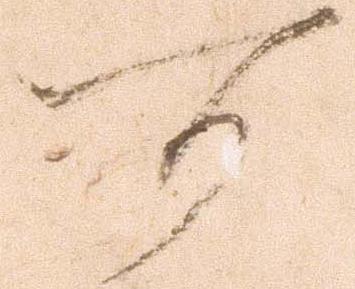
可